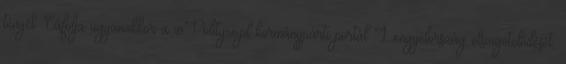
tényét. Cáfolja ugyanakkor a wPolityce.pl kormánypárti portál Lengyelország elszigetelődését,